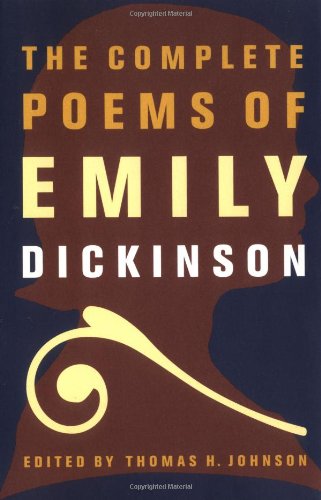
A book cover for The Complete Poems of Emily Dickinson; Emily Dickinson; Literature & Fiction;